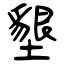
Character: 墾